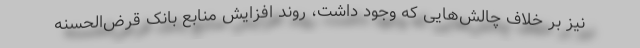
نیز بر خلاف چالش‌هایی که وجود داشت، روند افزایش منابع بانک قرض‌الحسنه